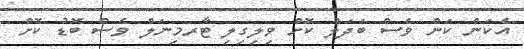
އެކަން ކަން ވެސް ބަދަލު ކޮށް ވިލިގިލި ޓާރމިނަލް ވެސް ބޮޑު ކޮށް